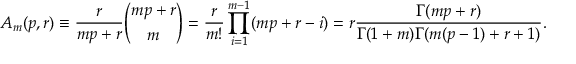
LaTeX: A _ { m } ( p , r ) \equiv { \frac { r } { m p + r } } { \binom { m p + r } { m } } = { \frac { r } { m ! } } \prod _ { i = 1 } ^ { m - 1 } ( m p + r - i ) = r { \frac { \Gamma ( m p + r ) } { \Gamma ( 1 + m ) \Gamma ( m ( p - 1 ) + r + 1 ) } } .